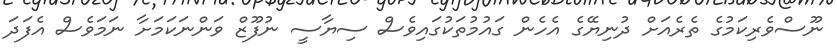
ނޫސްވެރިކަމުގެ ތެރެއަށް ދުނިޔޭގެ އެހެން ގައުމުތަކުގައިވެސް ސިޔާސީ ނުފޫޒް ވަންނަކަމަށާ ނަމަވެސް އެފަދަ